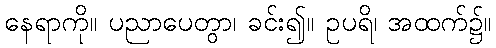
နေရာကို။ ပညာပေတွာ၊ ခင်း၍။ ဥပရိ၊ အထက်၌။